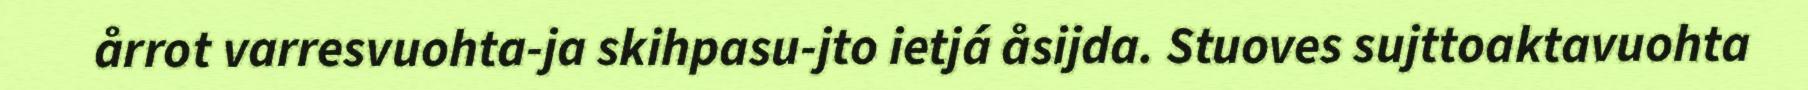
årrot varresvuohta-ja skihpasu-jto ietjá åsijda. Stuoves sujttoaktavuohta